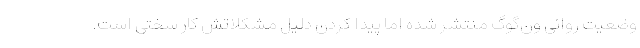
وضعیت روانی ون‌گوگ منتشر شده اما پیدا کردن دلیل مشکلاتش کار سختی است.